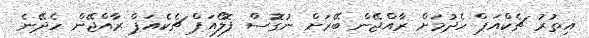
އިތުރު ޗެކްއަޕް ހެދުމަށް ރާއްޖޭން ބޭރަށް ނުގޮސް ފޮލޯއަޕް ޗެކެއަޕް ރާއްޖޭން ހެދޭނެ